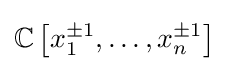
\mathbb {C} \left[x_{1}^{\pm 1},\ldots ,x_{n}^{\pm 1}\right]